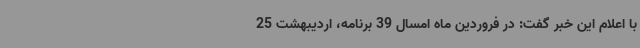
با اعلام این خبر گفت: در فروردین ماه امسال 39 برنامه، اردیبهشت 25